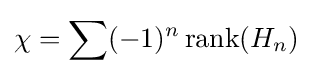
\chi =\sum (-1)^{n}\,\mathrm {rank} (H_{n})